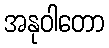
အနုဝါတော